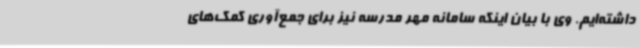
داشته‌ایم. وی با بیان اینکه سامانه مهر مدرسه نیز برای جمع‌آوری کمک‌های